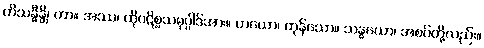
တိသန္ဓီန္တိ၊ ကာ။ အဿ၊ ထိုပဋိစ္စသမုပ္ပါဒ်အား။ တယော၊ ကုန်သော။ သန္ဓယော၊ အစပ်တို့လည်း။